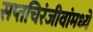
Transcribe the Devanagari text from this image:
सप्तचिरंजीवांमध्ये